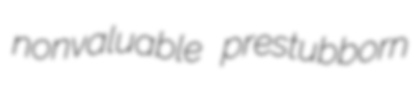
nonvaluable prestubborn